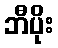
ဘီပိုး